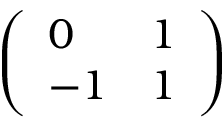
\left( \begin{array} { l l } { 0 } & { 1 } \\ { - 1 } & { 1 } \end{array} \right)